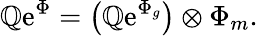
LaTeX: {\cal\mathbb{Q}}\mathrm{{e}}^{\Phi}=\bigl({\cal\mathbb{Q}}\mathrm{{e}}^{\Phi_{g}}\bigr)\otimes\Phi_{m}.